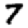
Digit: 7